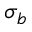
\sigma _ { b }